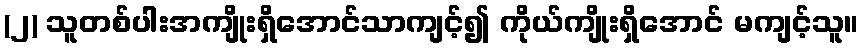
(၂) သူတစ်ပါးအကျိုးရှိအောင်သာကျင့်၍ ကိုယ်ကျိုးရှိအောင် မကျင့်သူ။